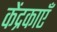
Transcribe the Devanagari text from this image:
केंद्रकाएँ